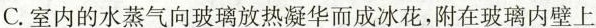
C.室内的水蒸气向玻璃放热凝华而成冰花，附在玻璃内壁上